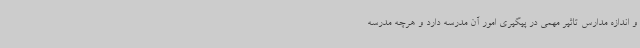
و اندازه مدارس تاثیر مهمی در پیگیری امور آن مدرسه دارد و هرچه مدرسه